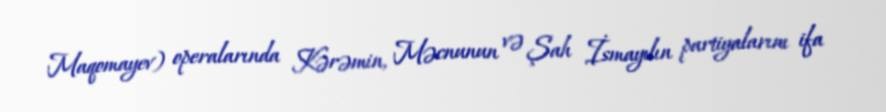
Maqomayev) operalarında Kərəmin, Məcnunun və Şah İsmayılın partiyalarını ifa